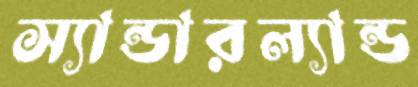
স্যান্ডারল্যান্ড